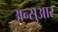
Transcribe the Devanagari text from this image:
अन्सुआर